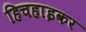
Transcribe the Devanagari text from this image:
हिचहाइकर